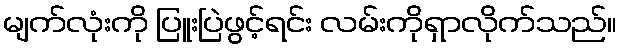
မျက်လုံးကို ပြူးပြဲဖွင့်ရင်း လမ်းကိုရှာလိုက်သည်။